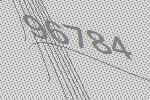
96784